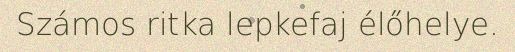
Számos ritka lepkefaj élőhelye.